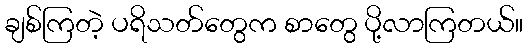
ချစ်ကြတဲ့ ပရိသတ်တွေက စာတွေ ပို့လာကြတယ်။